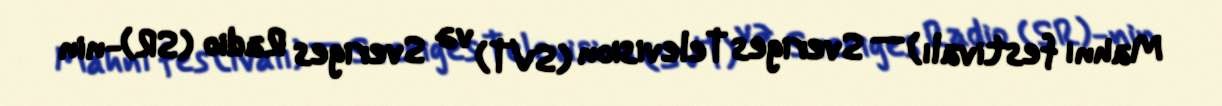
Mahnı festivalı) — Sveriges Television (SVT) və Sveriges Radio (SR)-nin